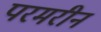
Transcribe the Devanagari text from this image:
परमरीन